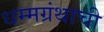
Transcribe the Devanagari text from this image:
धम्मग्रंथाची